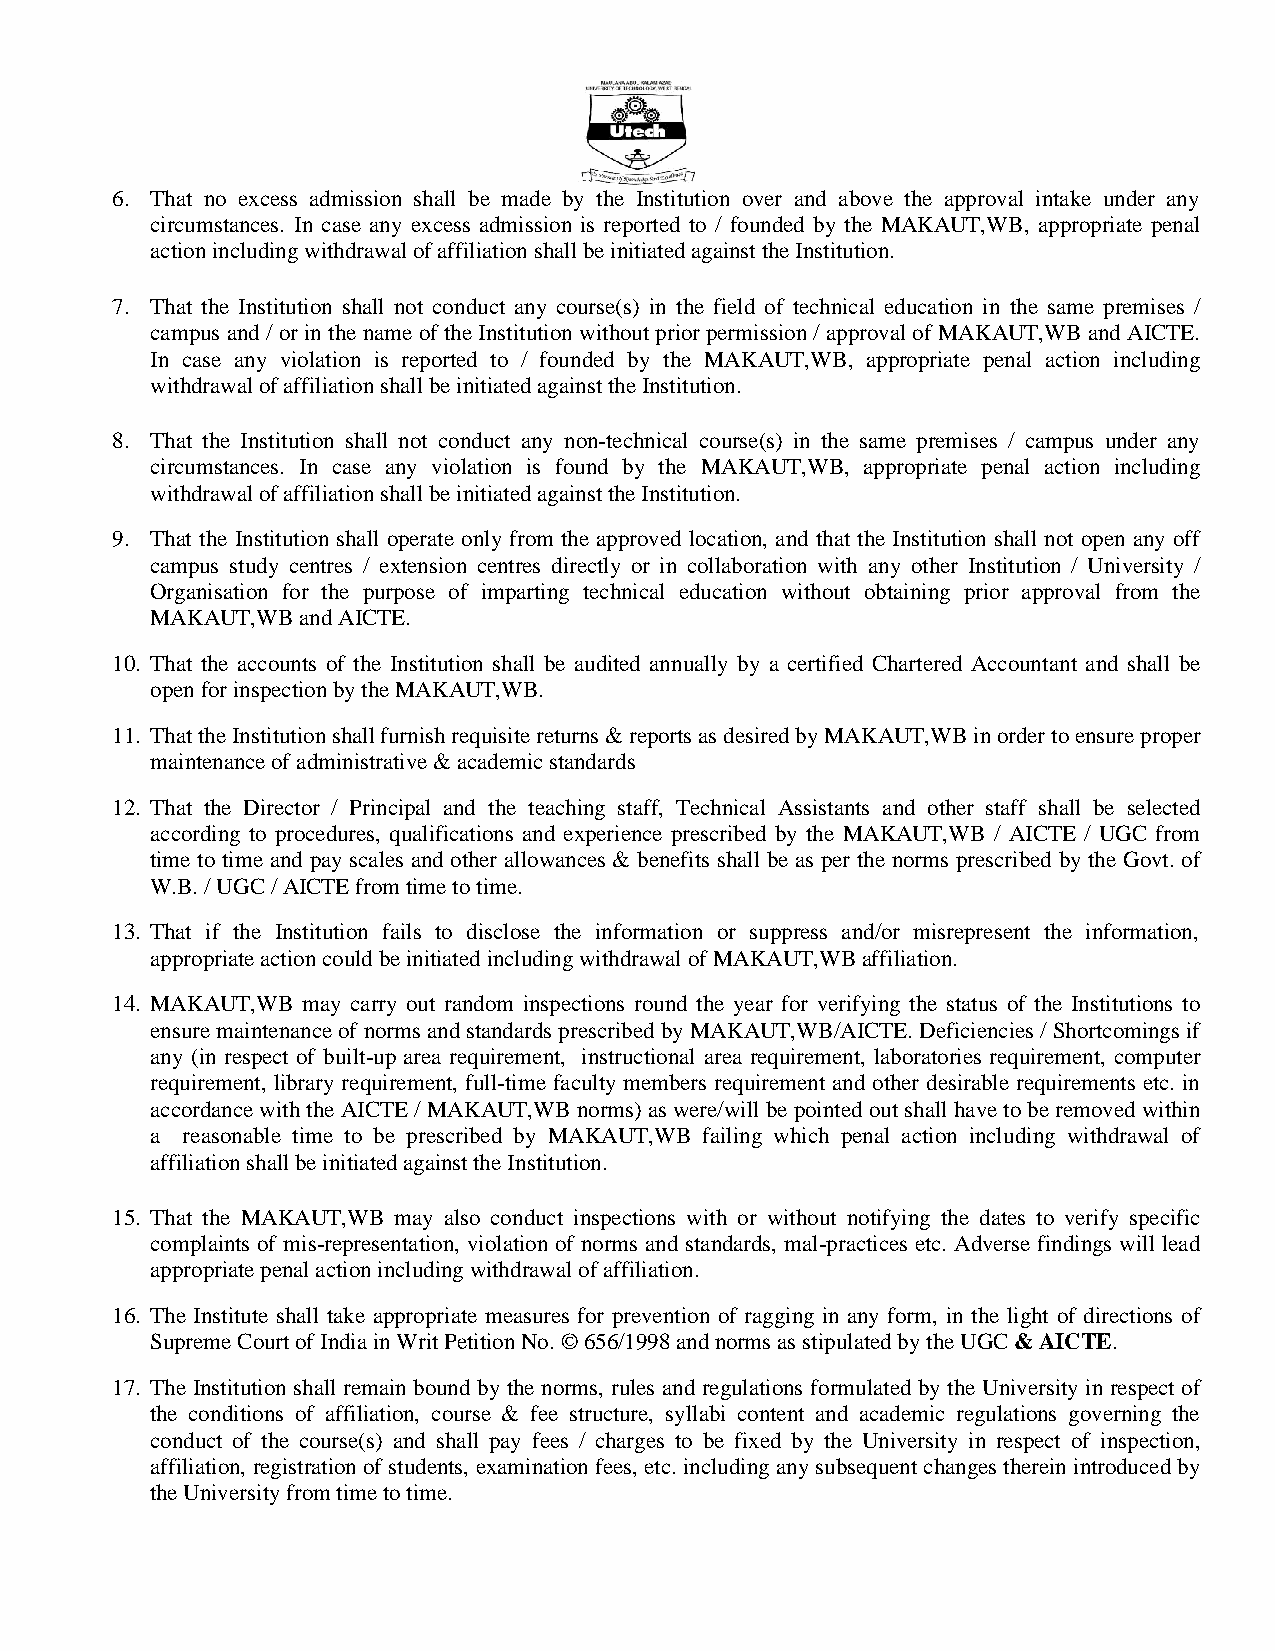
6. That no excess admission shall be made by the Institution over and above the approval intake under any
 circumstances. In case any excess admission is reported to / founded by the MAKAUT,WB, appropriate penal
 action including withdrawal of affiliation shall be initiated against the Institution.
 7. That the Institution shall not conduct any course(s) in the field of technical education in the same premises /
 campus and / or in the name of the Institution without prior permission / approval of MAKAUT,WB and AICTE.
 In case any violation is reported to / founded by the MAKAUT,WB, appropriate penal action including
 withdrawal of affiliation shall be initiated against the Institution.
 8. That the Institution shall not conduct any non-technical course(s) in the same premises / campus under any
 circumstances. In case any violation is found by the MAKAUT,WB, appropriate penal action including
 withdrawal of affiliation shall be initiated against the Institution.
 9. That the Institution shall operate only from the approved location, and that the Institution shall not open any off
 campus study centres / extension centres directly or in collaboration with any other Institution / University /
 Organisation for the purpose of imparting technical education without obtaining prior approval from the
 MAKAUT,WB and AICTE.
 10. That the accounts of the Institution shall be audited annually by a certified Chartered Accountant and shall be
 open for inspection by the MAKAUT,WB.
 11. That the Institution shall furnish requisite returns & reports as desired by MAKAUT,WB in order to ensure proper
 maintenance of administrative & academic standards
 12. That the Director / Principal and the teaching staff, Technical Assistants and other staff shall be selected
 according to procedures, qualifications and experience prescribed by the MAKAUT,WB / AICTE / UGC from
 time to time and pay scales and other allowances & benefits shall be as per the norms prescribed by the Govt. of
 W.B. / UGC / AICTE from time to time.
 13. That if the Institution fails to disclose the information or suppress and/or misrepresent the information,
 appropriate action could be initiated including withdrawal of MAKAUT,WB affiliation.
 14. MAKAUT,WB may carry out random inspections round the year for verifying the status of the Institutions to
 ensure maintenance of norms and standards prescribed by MAKAUT,WB/AICTE. Deficiencies / Shortcomings if
 any (in respect of built-up area requirement, instructional area requirement, laboratories requirement, computer
 requirement, library requirement, full-time faculty members requirement and other desirable requirements etc. in
 accordance with the AICTE / MAKAUT,WB norms) as were/will be pointed out shall have to be removed within
 a reasonable time to be prescribed by MAKAUT,WB failing which penal action including withdrawal of
 affiliation shall be initiated against the Institution.
 15. That the MAKAUT,WB may also conduct inspections with or without notifying the dates to verify specific
 complaints of mis-representation, violation of norms and standards, mal-practices etc. Adverse findings will lead
 appropriate penal action including withdrawal of affiliation.
 16. The Institute shall take appropriate measures for prevention of ragging in any form, in the light of directions of
 Supreme Court of India in Writ Petition No. © 656/1998 and norms as stipulated by the UGC & AICTE.
 17. The Institution shall remain bound by the norms, rules and regulations formulated by the University in respect of
 the conditions of affiliation, course & fee structure, syllabi content and academic regulations governing the
 conduct of the course(s) and shall pay fees / charges to be fixed by the University in respect of inspection,
 affiliation, registration of students, examination fees, etc. including any subsequent changes therein introduced by
 the University from time to time.